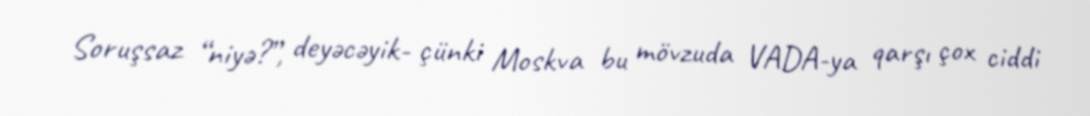
Soruşsaz “niyə?”, deyəcəyik- çünki Moskva bu mövzuda VADA-ya qarşı çox ciddi